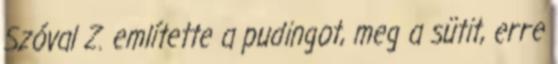
Szóval Z. említette a pudingot, meg a sütit, erre